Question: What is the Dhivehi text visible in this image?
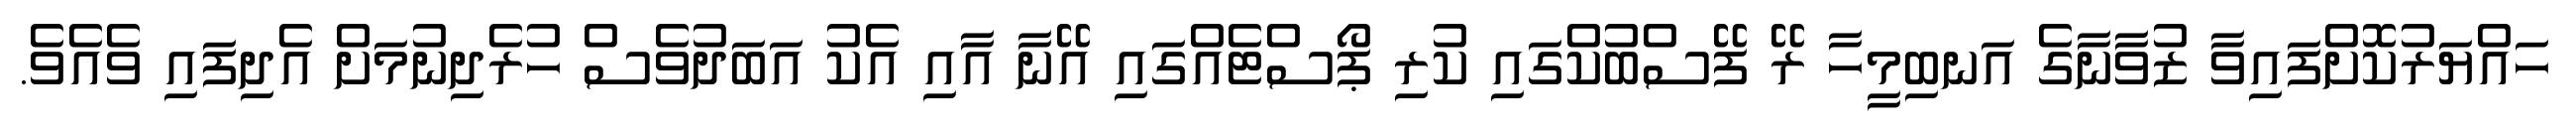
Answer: ހައްޔަރުކޮށްފައިވާ ޒުވާނާގެ އަނބިމީހާ ރޭ ފޭސްބުކްގައި ކުރި ޕޯސްޓެއްގައި އޭނާ އާއި އެކު އަބަދުވެސް ހުރެދިނުމަށް އެދިފައި ވެއެވެ.